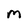
Character: M